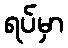
ရပ်မှာ